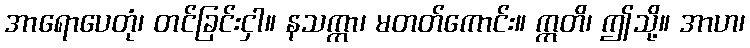
အာရောပေတုံ၊ တင်ခြင်းငှါ။ နသက္ကာ၊ မတတ်ကောင်း။ ဣတိ၊ ဤသို့။ အာဟ၊